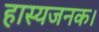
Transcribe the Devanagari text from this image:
हास्यजनक।